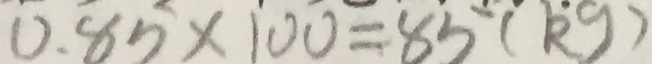
0 . 8 5 \times 1 0 0 = 8 5 ( k g )